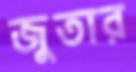
জুতার